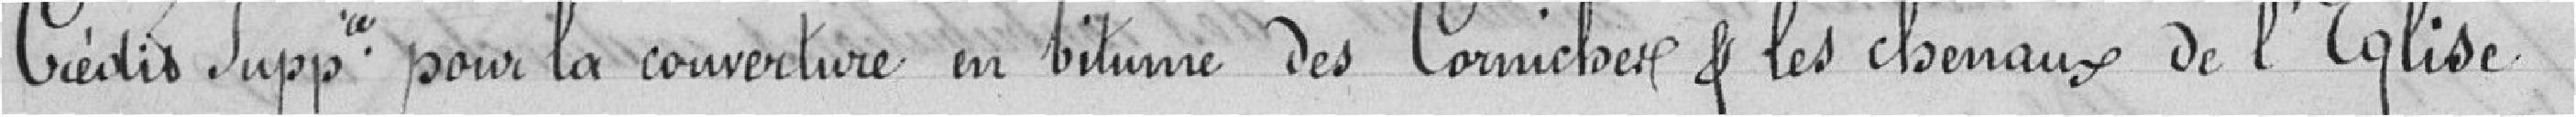
Crédits Supplémentaires pour la couverture en bitume des Corniches & les chenaux de l'Eglise